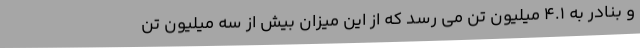
و بنادر به ۴.۱ میلیون تن می رسد که از این میزان بیش از سه میلیون تن